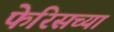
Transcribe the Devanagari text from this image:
फेरिसच्या